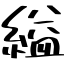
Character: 縊